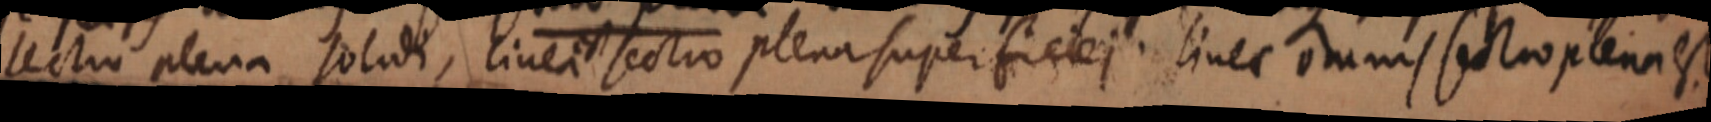
sectio plura solidi, linei sectio plena superficiei. Iinea omnis sectio plena est